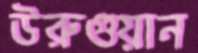
উরুগুয়ান